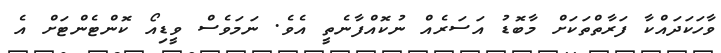
ވާހަކަދައްކާ ފަރާތްތަކަށް މާބޮޑު އަސަރެއް ނުކޮއްފާނެތީ އެވެ. ނަމަވެސް ވީޑިއޯ ކޮންޓެންޓަށް އެ